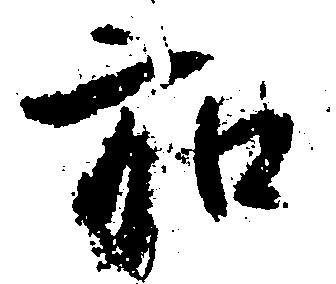
弘